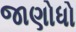
જાણોધો